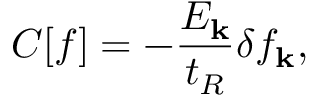
C [ f ] = - \frac { E _ { \mathbf { k } } } { t _ { R } } \delta f _ { \mathbf { k } } ,